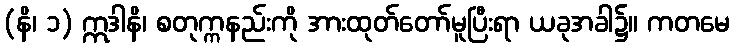
(နိ၊ ၁) ဣဒါနိ၊ စတုက္ကနည်းကို အားထုတ်တော်မူပြီးရာ ယခုအခါ၌။ ကတမေ